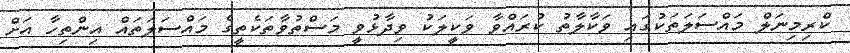
ކްރިމިނަލް މައްސަލަތަކުގައި ވަކާލާތު ކުރައްވާ ވަކީލަކު ވިދާޅުވީ މަސްތުވާތަކެތީގެ މައްސަލަތައް އިންތިހާ އަށް